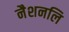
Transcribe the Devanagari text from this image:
नैशनलि